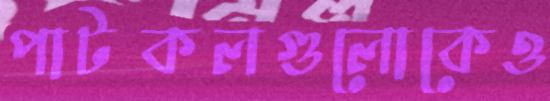
পাটকলগুলোকেও